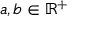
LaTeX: a , b \in \mathbb { R } ^ { + }